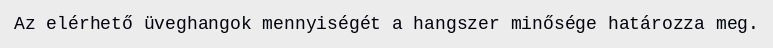
Az elérhető üveghangok mennyiségét a hangszer minősége határozza meg.